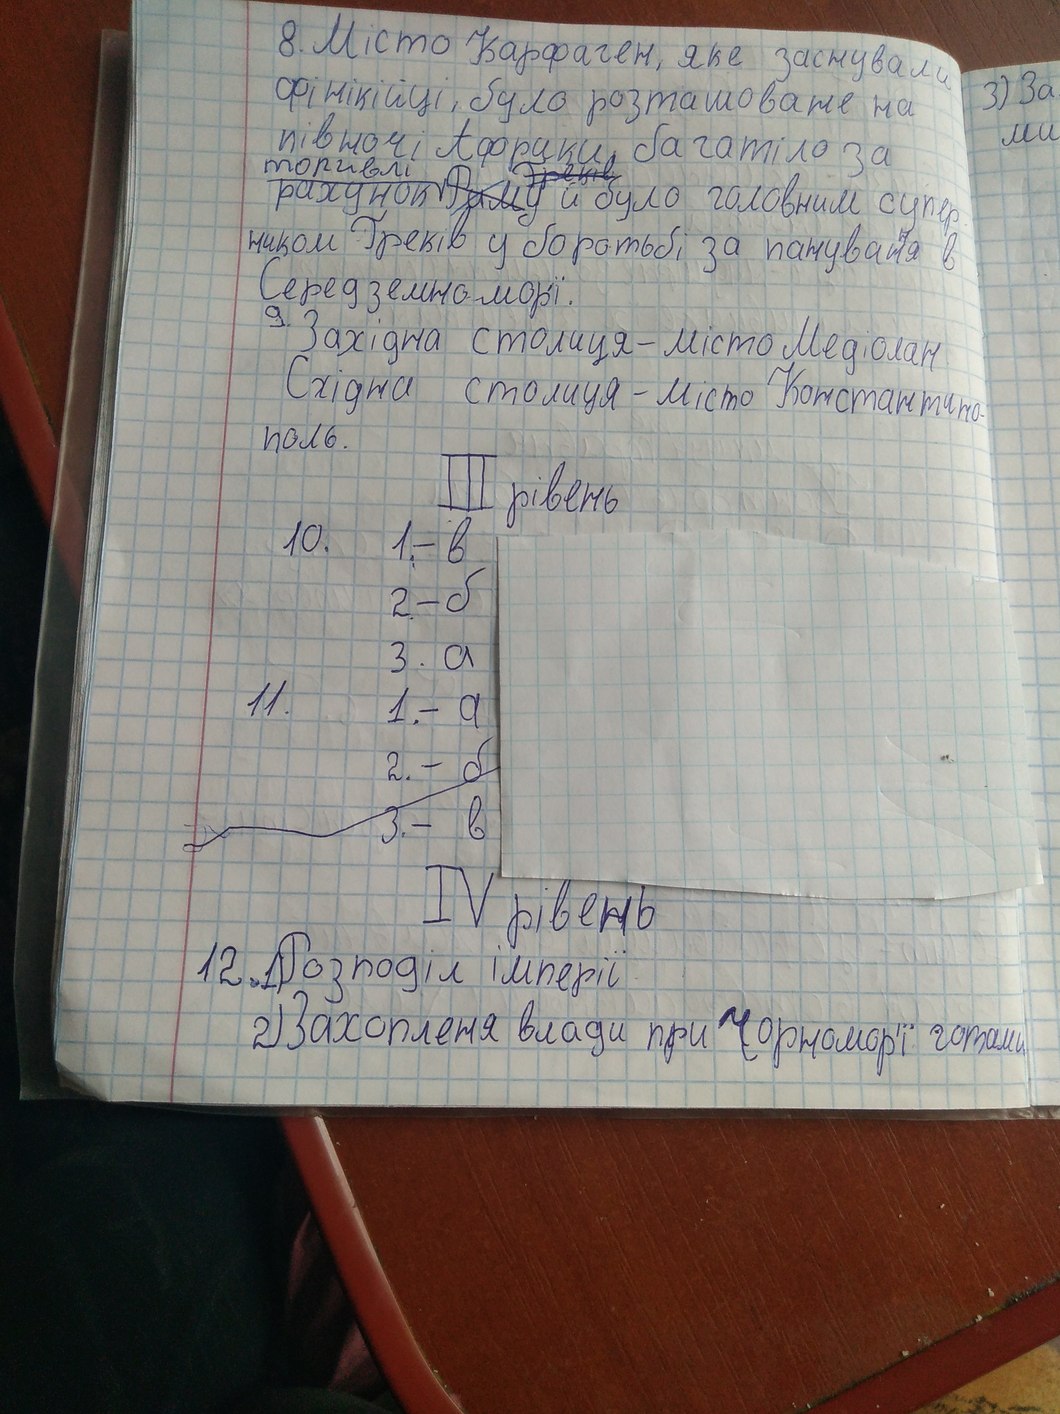
8. Місто Карфаген, яке заснували
3) За
фінікійці, було розташоване на
півночі Африки, багатіло за
ми
рахунок торгівлі ~~Рим~~у ~~Греків~~ й було головним супер
ником Греків у боротьбі за панування в
Середземно морї.
9. Західна столиця - місто Медіолан
Східна столиця - місто Константино-
поль.
III рівень
10. 1. - в
2. - б
3. a
11. 1.- a
2. - б
3. - в
IV рівень
12.1) Розподіл імперії
2) Захопленя влади при Чорномор'ї готами